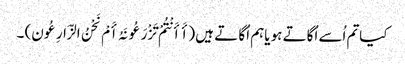
کیاتم اُسے اُگاتے ہو یاہم اُگا تے ہیں (أَ أَنْتُمْ تَزْرَعُونَہُ أَمْ نَحْنُ الزَّارِعُون) ۔